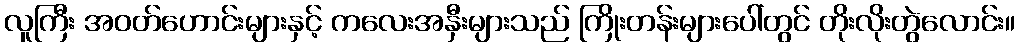
လူကြီး အဝတ်ဟောင်းများနှင့် ကလေးအနှီးများသည် ကြိုးတန်းများပေါ်တွင် တိုးလိုးတွဲလောင်း။